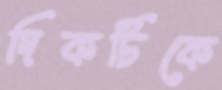
দিকটিকে